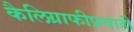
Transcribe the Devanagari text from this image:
कैलिग्राफीप्रवाही